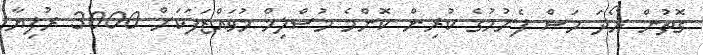
ގޮތުން ރޯދަ މަސް ފެށުމުގެ ކުރިން ކޮންމެ މުސްލިމް މުވައްޒަފަކަށް 3000 ރުފިޔާ